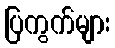
ပြကွက်များ